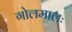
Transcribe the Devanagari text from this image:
गोलमालः